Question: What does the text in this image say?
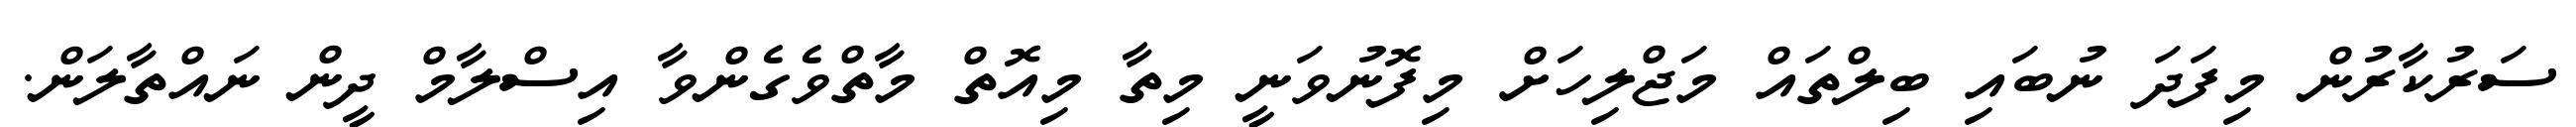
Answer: ސަރުކާރުން މިފަދަ ނުބައި ބިލްތައް މަޖްލިހަށް މިފޮނުވަނީ މިތާ މިއޮތް މާތްވެގެންވާ އިސްލާމް ދީން ނައްތާލަން.